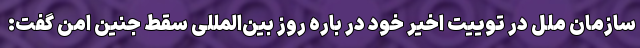
سازمان ملل در توییت اخیر خود در باره روز بین‌المللی سقط جنین امن گفت: